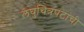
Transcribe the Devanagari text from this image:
लघुचित्रपटांची